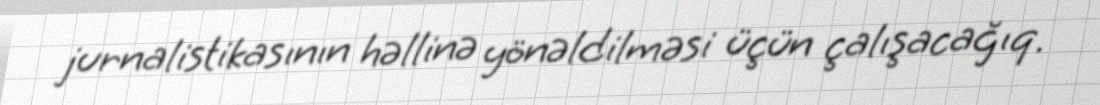
jurnalistikasının həllinə yönəldilməsi üçün çalışacağıq.